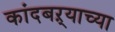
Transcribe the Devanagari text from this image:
कांदबऱ्याच्या